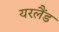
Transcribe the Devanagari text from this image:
यरलैंड